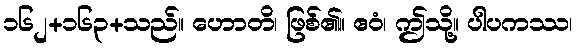
၁၆၂+၁၆၃+သည်။ ဟောတိ၊ ဖြစ်၏။ ဧဝံ၊ ဤသို့။ ပါပကဿ၊